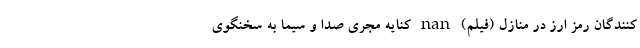
کنندگان رمز ارز در منازل (فیلم) nan کنایه مجری صدا و سیما به سخنگوی